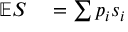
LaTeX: \begin{array} { r l } { \mathbb { E } S } & { { } = \sum p _ { i } s _ { i } } \end{array}